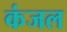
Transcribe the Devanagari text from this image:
कंजल